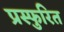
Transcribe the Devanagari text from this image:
प्रस्फुरित